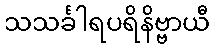
သသင်္ခါရပရိနိဗ္ဗာယီ